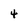
Character: 4